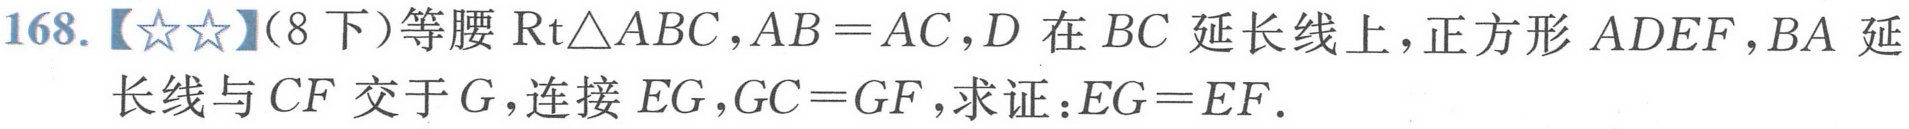
168.【★★】(8下)等腰\(\text{Rt}\triangle ABC\)，\(AB = AC\)，\(D\)在\(BC\)延长线上，正方形\(ADEF\)，\(BA\)延长线与\(CF\)交于\(G\)，连接\(EG\)，\(GC = GF\)，求证：\(EG = EF\).